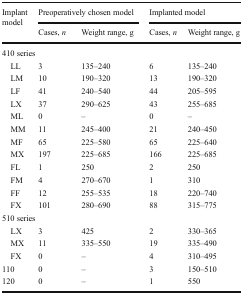
| <ROWSPAN=2> Implant model | <COLSPAN=2> Preoperatively chosen model | <COLSPAN=2> Implanted model |
 | Cases, n | Weight range, g | Cases, n | Weight range, g |
 | --- | --- | --- | --- | --- |
 | <COLSPAN=5> 410 series |
 | LL | 3 | 135–240 | 6 | 135–240 |
 | LM | 10 | 190–320 | 13 | 190–320 |
 | LF | 41 | 240–540 | 44 | 205–595 |
 | LX | 37 | 290–625 | 43 | 255–685 |
 | ML | 0 | – | 0 | – |
 | MM | 11 | 245–400 | 21 | 240–450 |
 | MF | 65 | 225–580 | 65 | 225–640 |
 | MX | 197 | 225–685 | 166 | 225–685 |
 | FL | 1 | 250 | 2 | 250 |
 | FM | 4 | 270–670 | 1 | 310 |
 | FF | 12 | 255–535 | 18 | 220–740 |
 | FX | 101 | 280–690 | 88 | 315–775 |
 | <COLSPAN=5> 510 series |
 | LX | 3 | 425 | 2 | 330–365 |
 | MX | 11 | 335–550 | 19 | 335–490 |
 | FX | 0 | – | 4 | 310–495 |
 | 110 | 0 | – | 3 | 150–510 |
 | 120 | 0 | – | 1 | 550 |